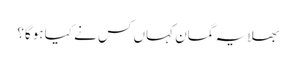
بھلا یہ گمان کہاں کس نے کیا ہوگا؟